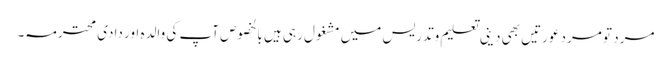
مرد تو مرد عورتیں بھی دینی تعلیم وتدریس میں مشغول رہی ہیں بالخصوص آپ کی والدہ اور دادی محترمہ۔